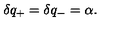
\delta q _ { + } = \delta q _ { - } = \alpha .